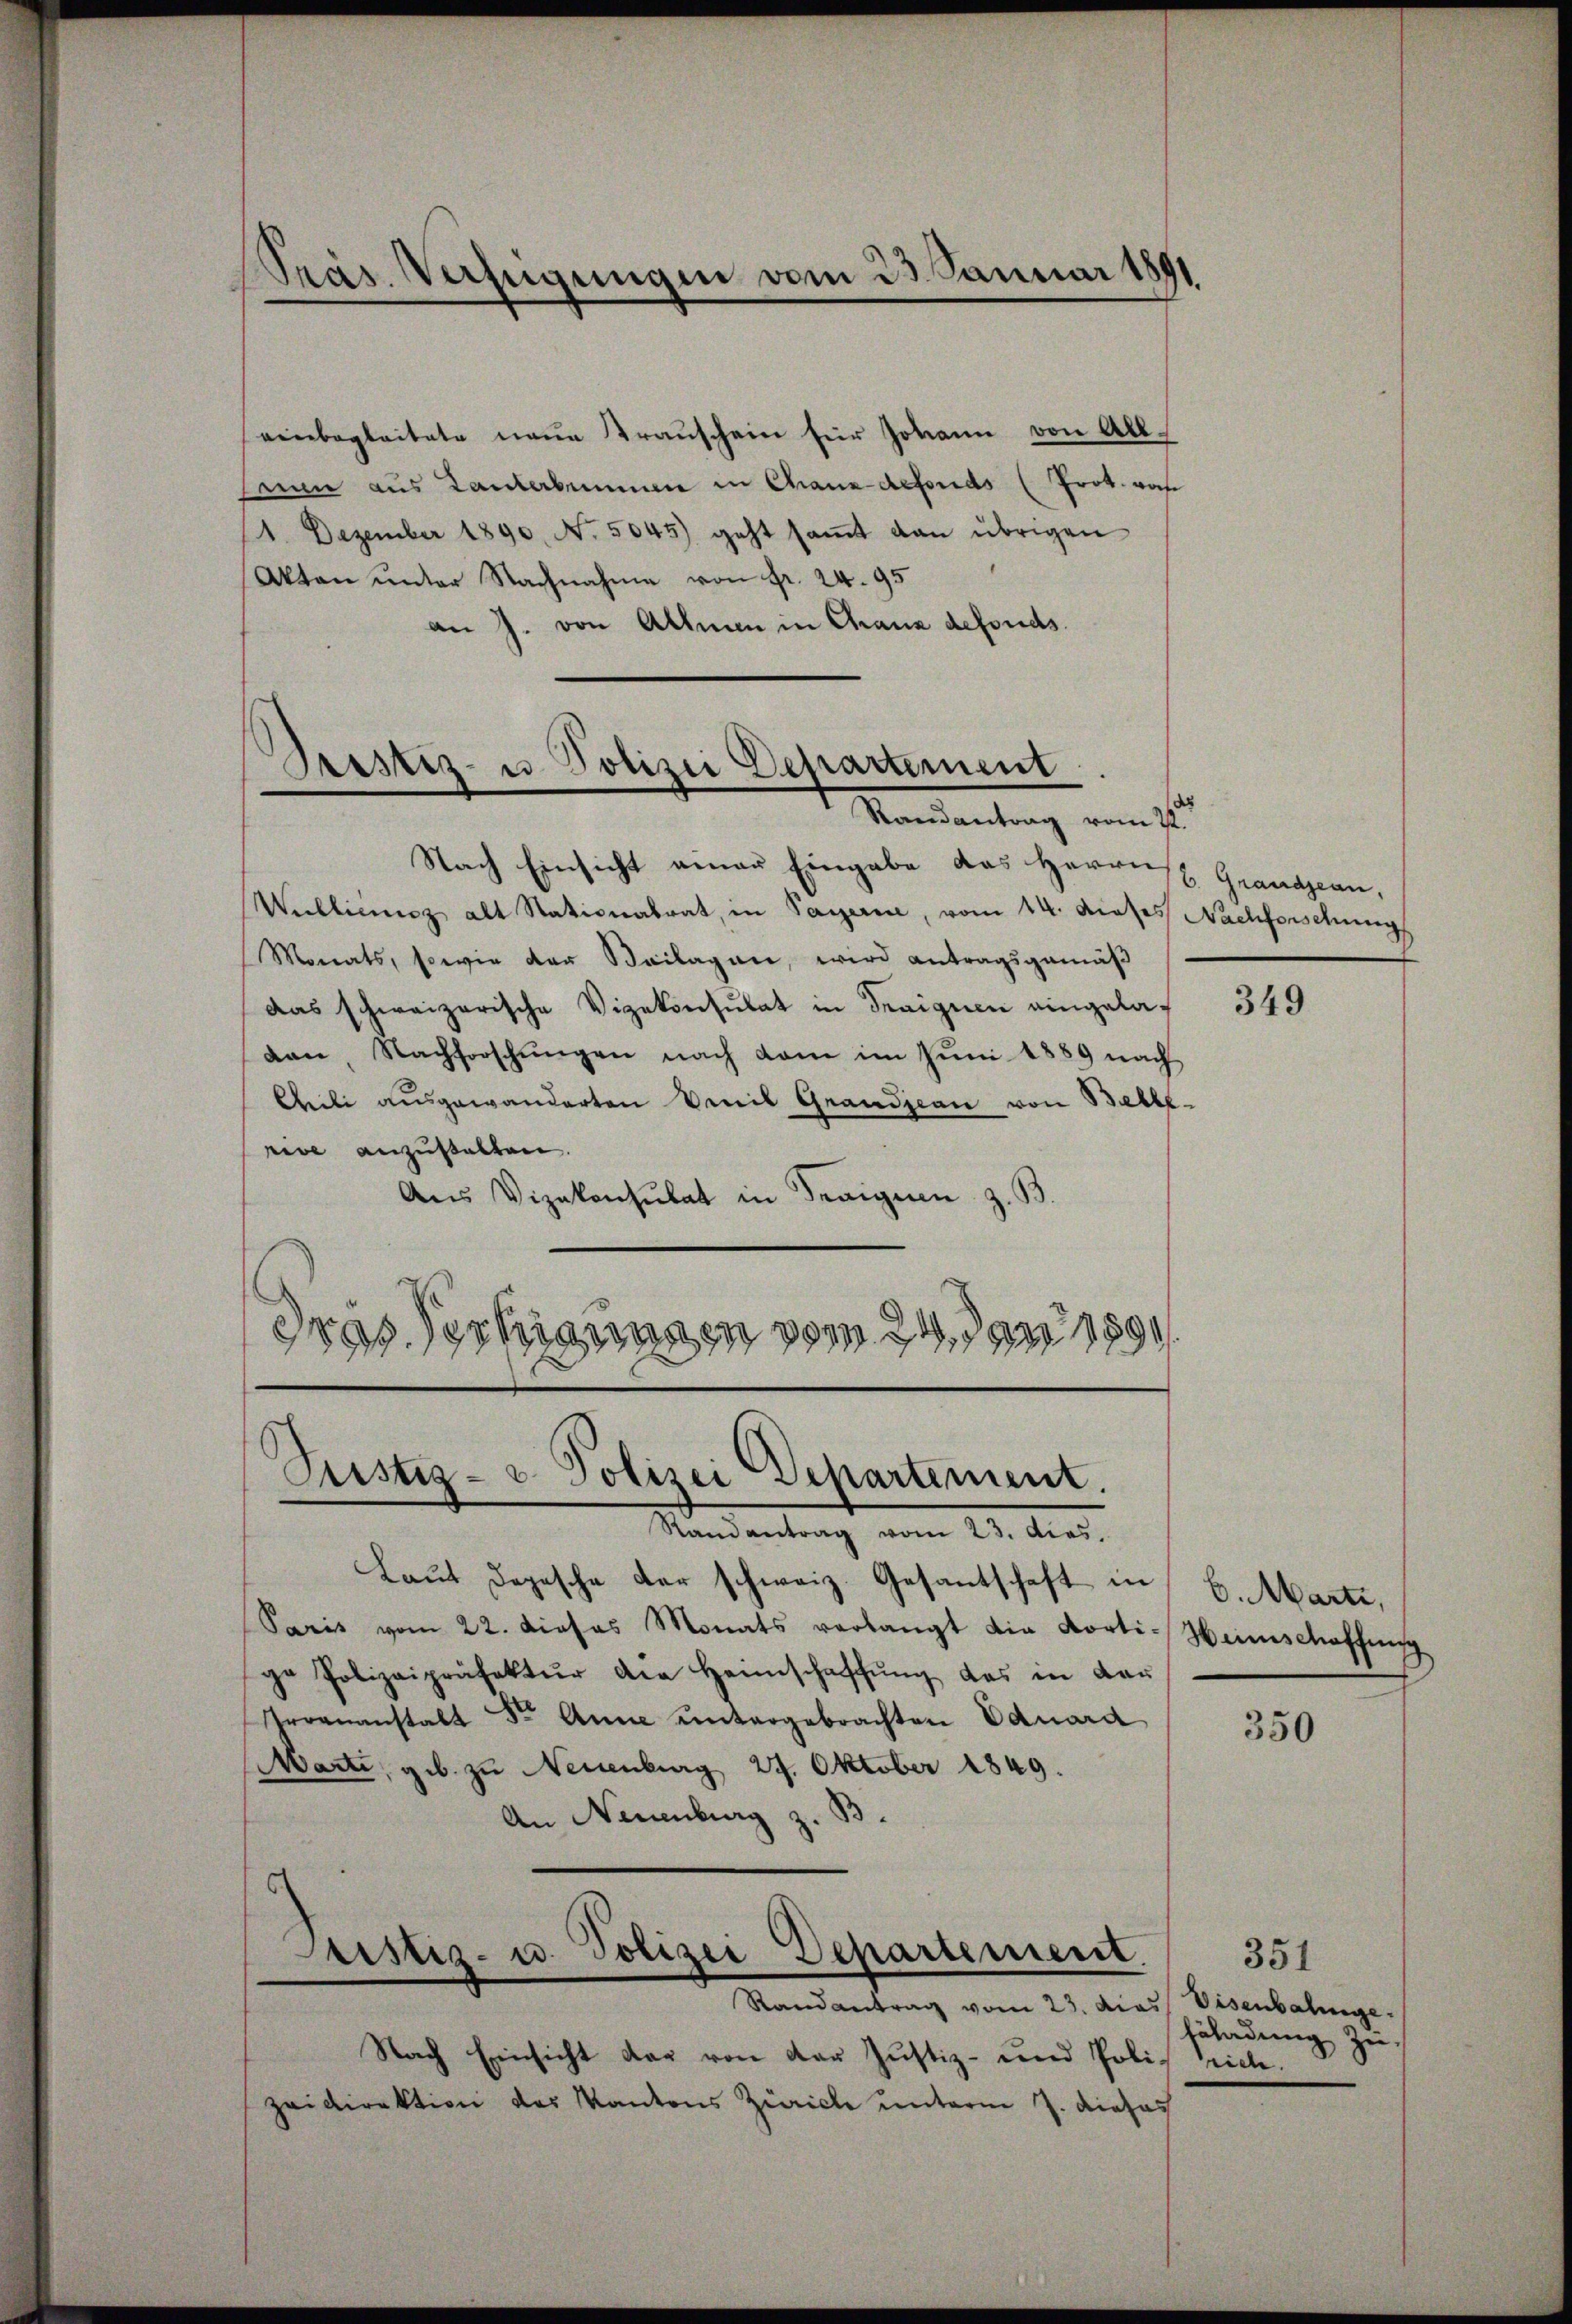
einbegleitete neue Krauschein für Johann von Allinn aus Lanterbummen in Chane defonds (Prot. was
11. Dezember 1890. No. 5045) geht saṁt dan übrigen
Akten unter Nachnahme von Fr. 24. 95
an J. von Allmen in Chranz defonds.

Nach Einsicht einer Eingabe das Herrn Grandjean,
Wallienz alt Stationalrat, in Payerne, vom 14. dieses Nachforschung
Monats, sowie der Beilagen, wird antragsgemäß
das schweizerische Vigekonsulat in Traiguen eingeladan, Nachforschungen nach dem im Juni 1889 nach
Cheili ausgewanderten Vereit Grandjean von Belle-
rive anzustalten.
Aŭs Vizekonsulat in Freignen z. B.
Gras Sechigungen vom Juden 1890

Präs. Verfügungen vom 23. Januar 1891

Pristiz- u Polizei Departement
Randantrag vom 1sten

Justiz- u. Polizei Departement.
Randantrag vom 23. dies

Cristiz- u. Polizei Departement.

Laut Depesche der schweiz. Gesantschaft in B. Marti,
Paris vom 22. dieses Monats verlangt die Korti-Heimschaffung
ge Polizeipräfektur die Heinschaffŭng das in dar
Groenanstalt Dr. Anne untergebrachten Eduard
Marti, geb. zu Neuenburg 29. Oktober 1849.
An Neuenburg z. B.

Randantrag vom 23. das Eisenbahnge
Nach Einsicht das von der Justiz- und Polich Siche
zeidirektion des Kantons Züricle unterm 7. dieses

349

350

351
fäladung zu-